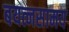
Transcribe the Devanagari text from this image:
बयत्नसामय